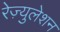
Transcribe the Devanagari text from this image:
रेज़्युलेशन